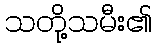
သတို့သမီး၏